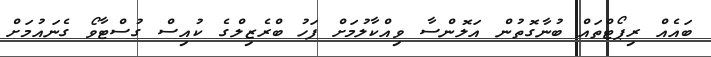
ބައެއް ރިޕޯޓްތައް ބުނާގޮތުން އަލޮންސާ ވިއްކާލުމަށް ފަހު ބްރެޒިލްގެ ކުއިސް ގުސްޓާވޯ ގެނައުމަށް